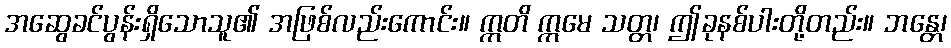
အဆွေခင်ပွန်းရှိသောသူ၏ အဖြစ်လည်းကောင်း။ ဣတိ ဣမေ သတ္တ၊ ဤခုနစ်ပါးတို့တည်း။ ဘန္တေ၊